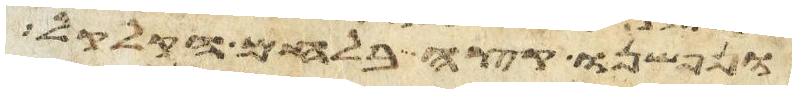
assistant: ונפשנו קצה בלחם הקלקל